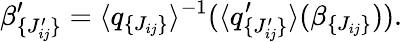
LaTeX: \beta_{\lbrace J_{ij}^{\prime}\rbrace}^{\prime}=\langle q_{\lbrace J_{ij}\rbrace}\rangle^{-1}(\langle q_{\lbrace J_{ij}^{\prime}\rbrace}^{\prime}\rangle(\beta_{\lbrace J_{ij}\rbrace})).